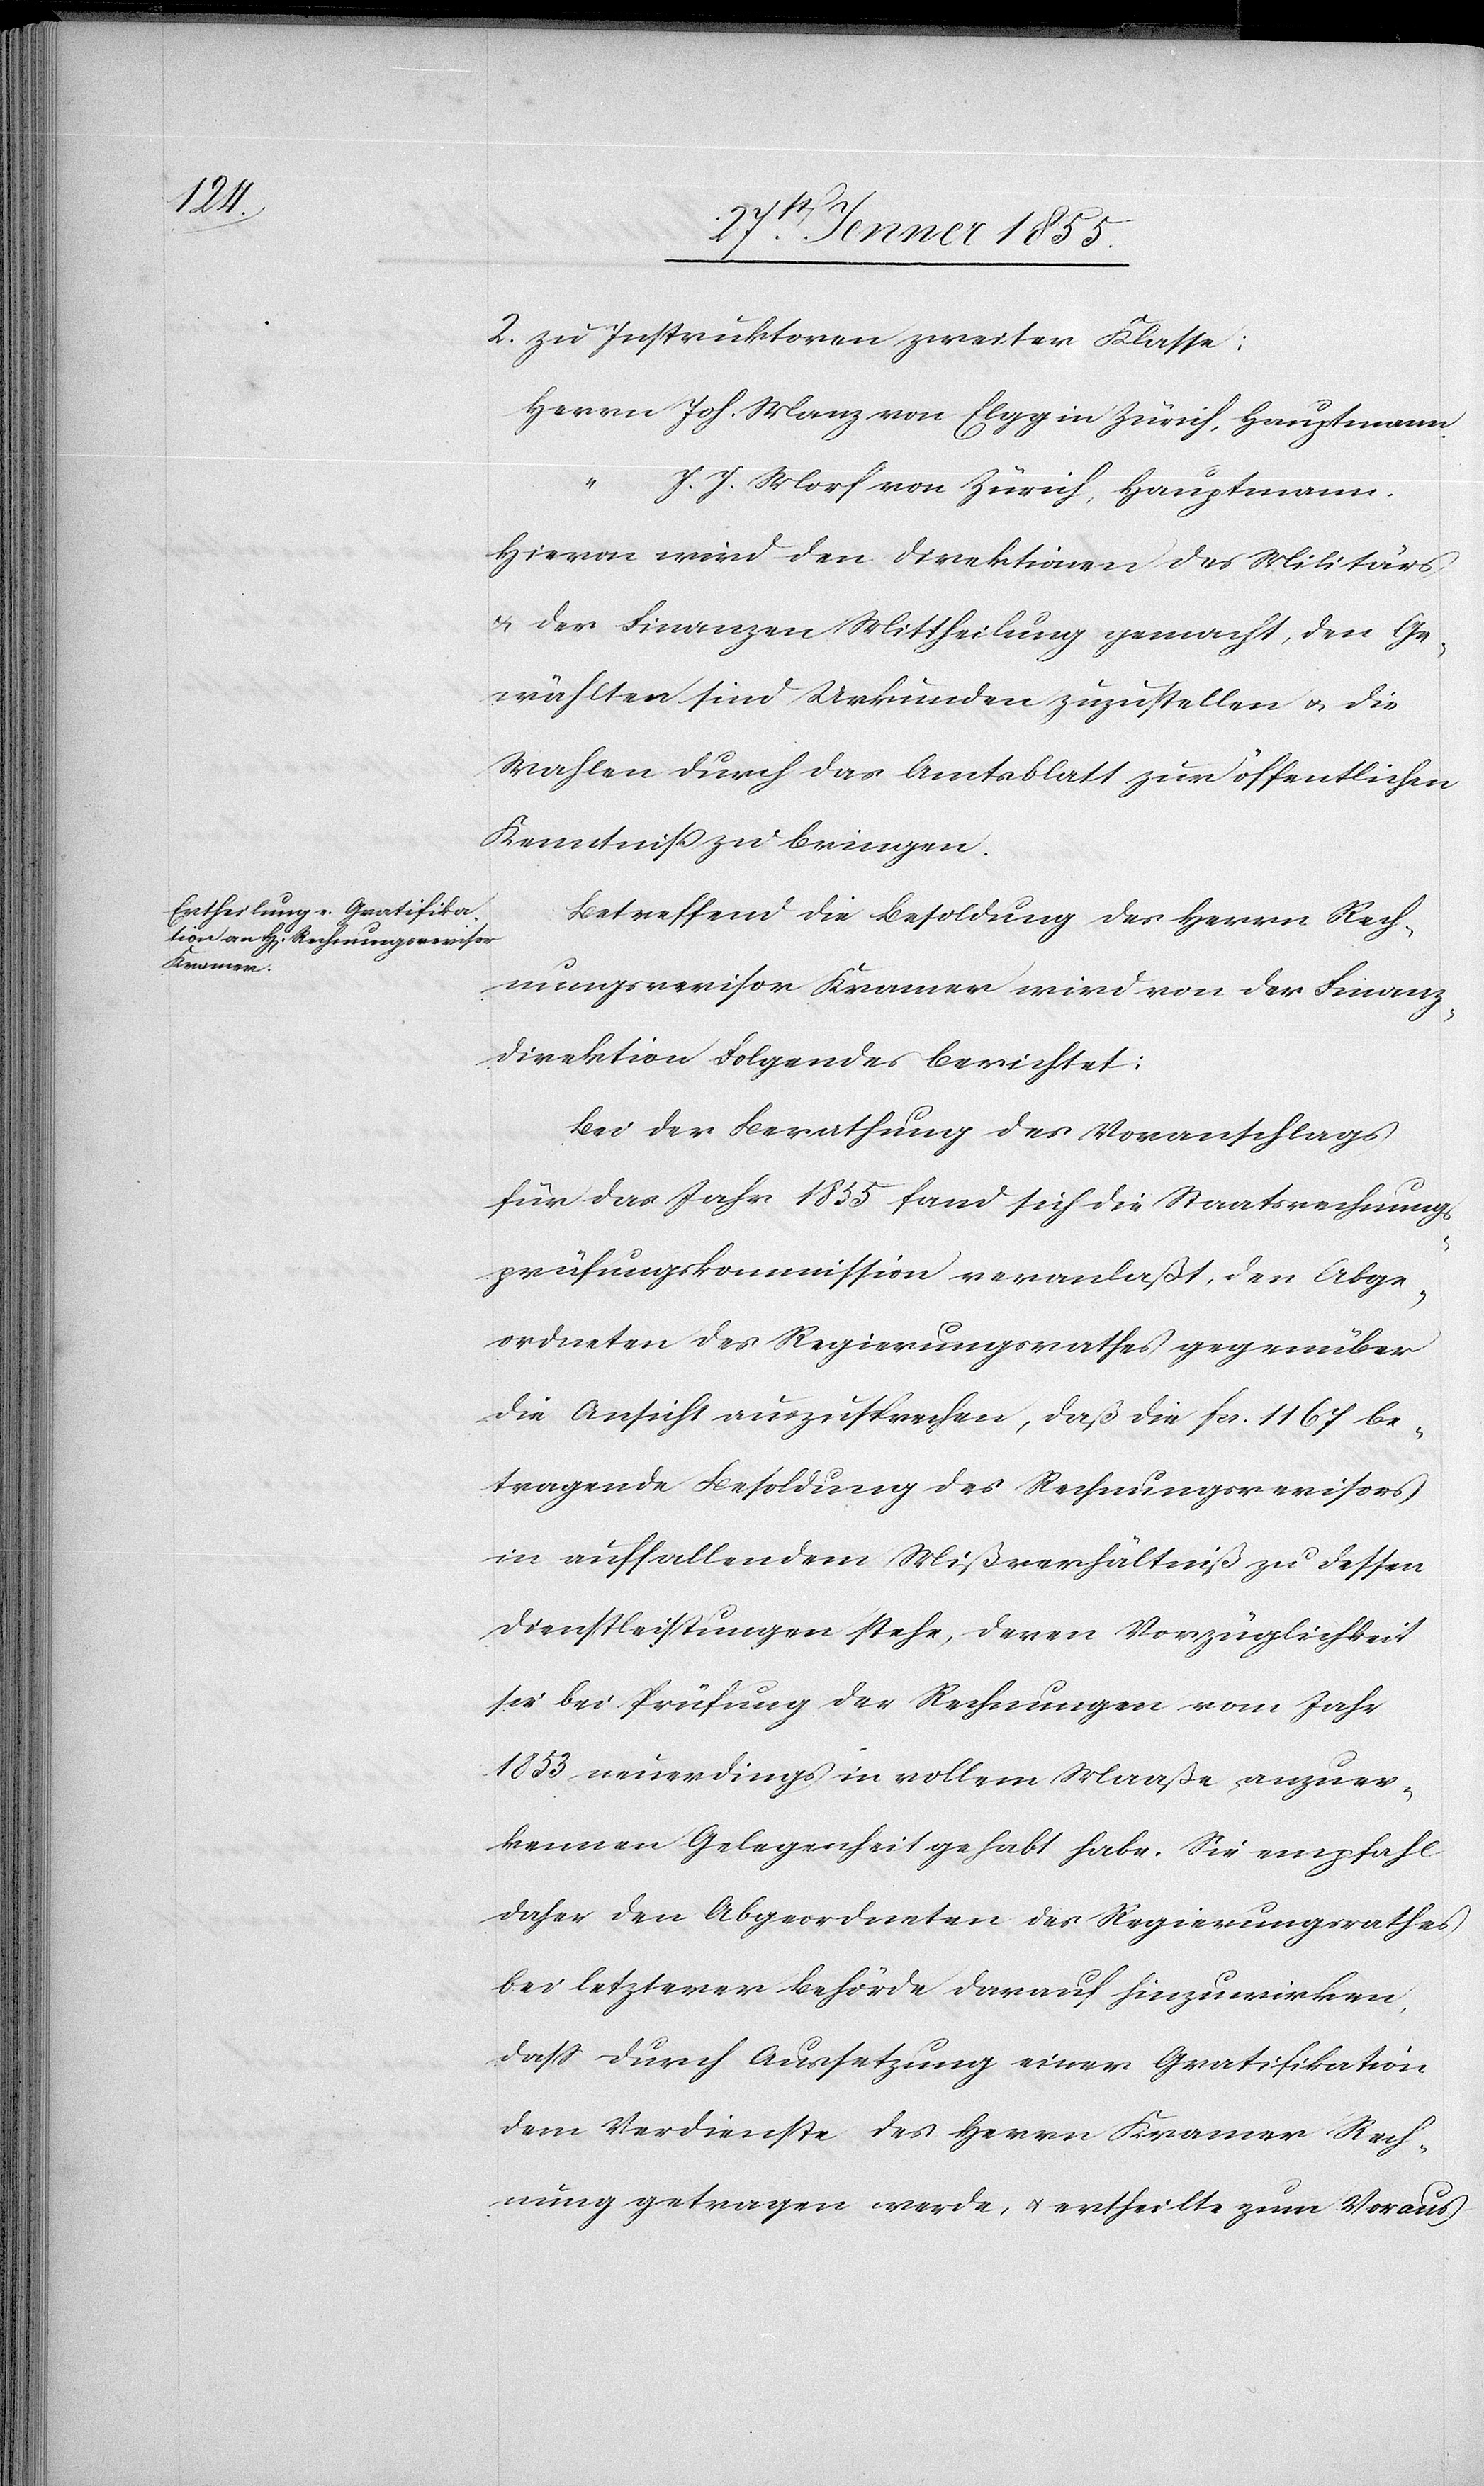
2.

zu Instruktoren zweiter Klasse:
Herrn Joh. Manz von Elgg in Zürich, Hauptmann.
“
J. J. Morf von Zürich, Hauptmann.
Hievon wird den Direktionen des Militärs
& der Finanzen Mittheilung gemacht, den Ge¬
wählten sind Urkunden zuzustellen & die
Wahlen durch das Amtsblatt zur öffentlichen
Kenntniß zu bringen.
Betreffend die Besoldung des Herrn Rech¬
nungsrevisor Kramer wird von der Finanz¬
direktion Folgendes berichtet:
Bei der Berathung des Voranschlags
für das Jahr 1855 fand sich die Staatsrechnungs¬
prüfungskommission veranlaßt, den Abge¬
ordneten des Regierungsrathes gegenüber
die Ansicht auszusprechen, daß die Fcs. 1167 be¬
tragende Besoldung des Rechnungsrevisors
in auffallendem Mißverhältniß zu dessen
Dienstleistungen stehe, deren Vorzüglichkeit
sie bei Prüfung der Rechnungen vom Jahr
1853, neuerdings in vollem Maaße anzuer¬
kennen Gelegenheit gehabt habe. Sie empfahl
daher den Abgeordneten des Regierungsrathes
bei letzterer Behörde darauf hinzuwirken,
dass durch Aussetzung einer Gratifikation
dem Verdienste des Herrn Kramer Rech¬
nung getragen werde, & ertheilte zum Voraus